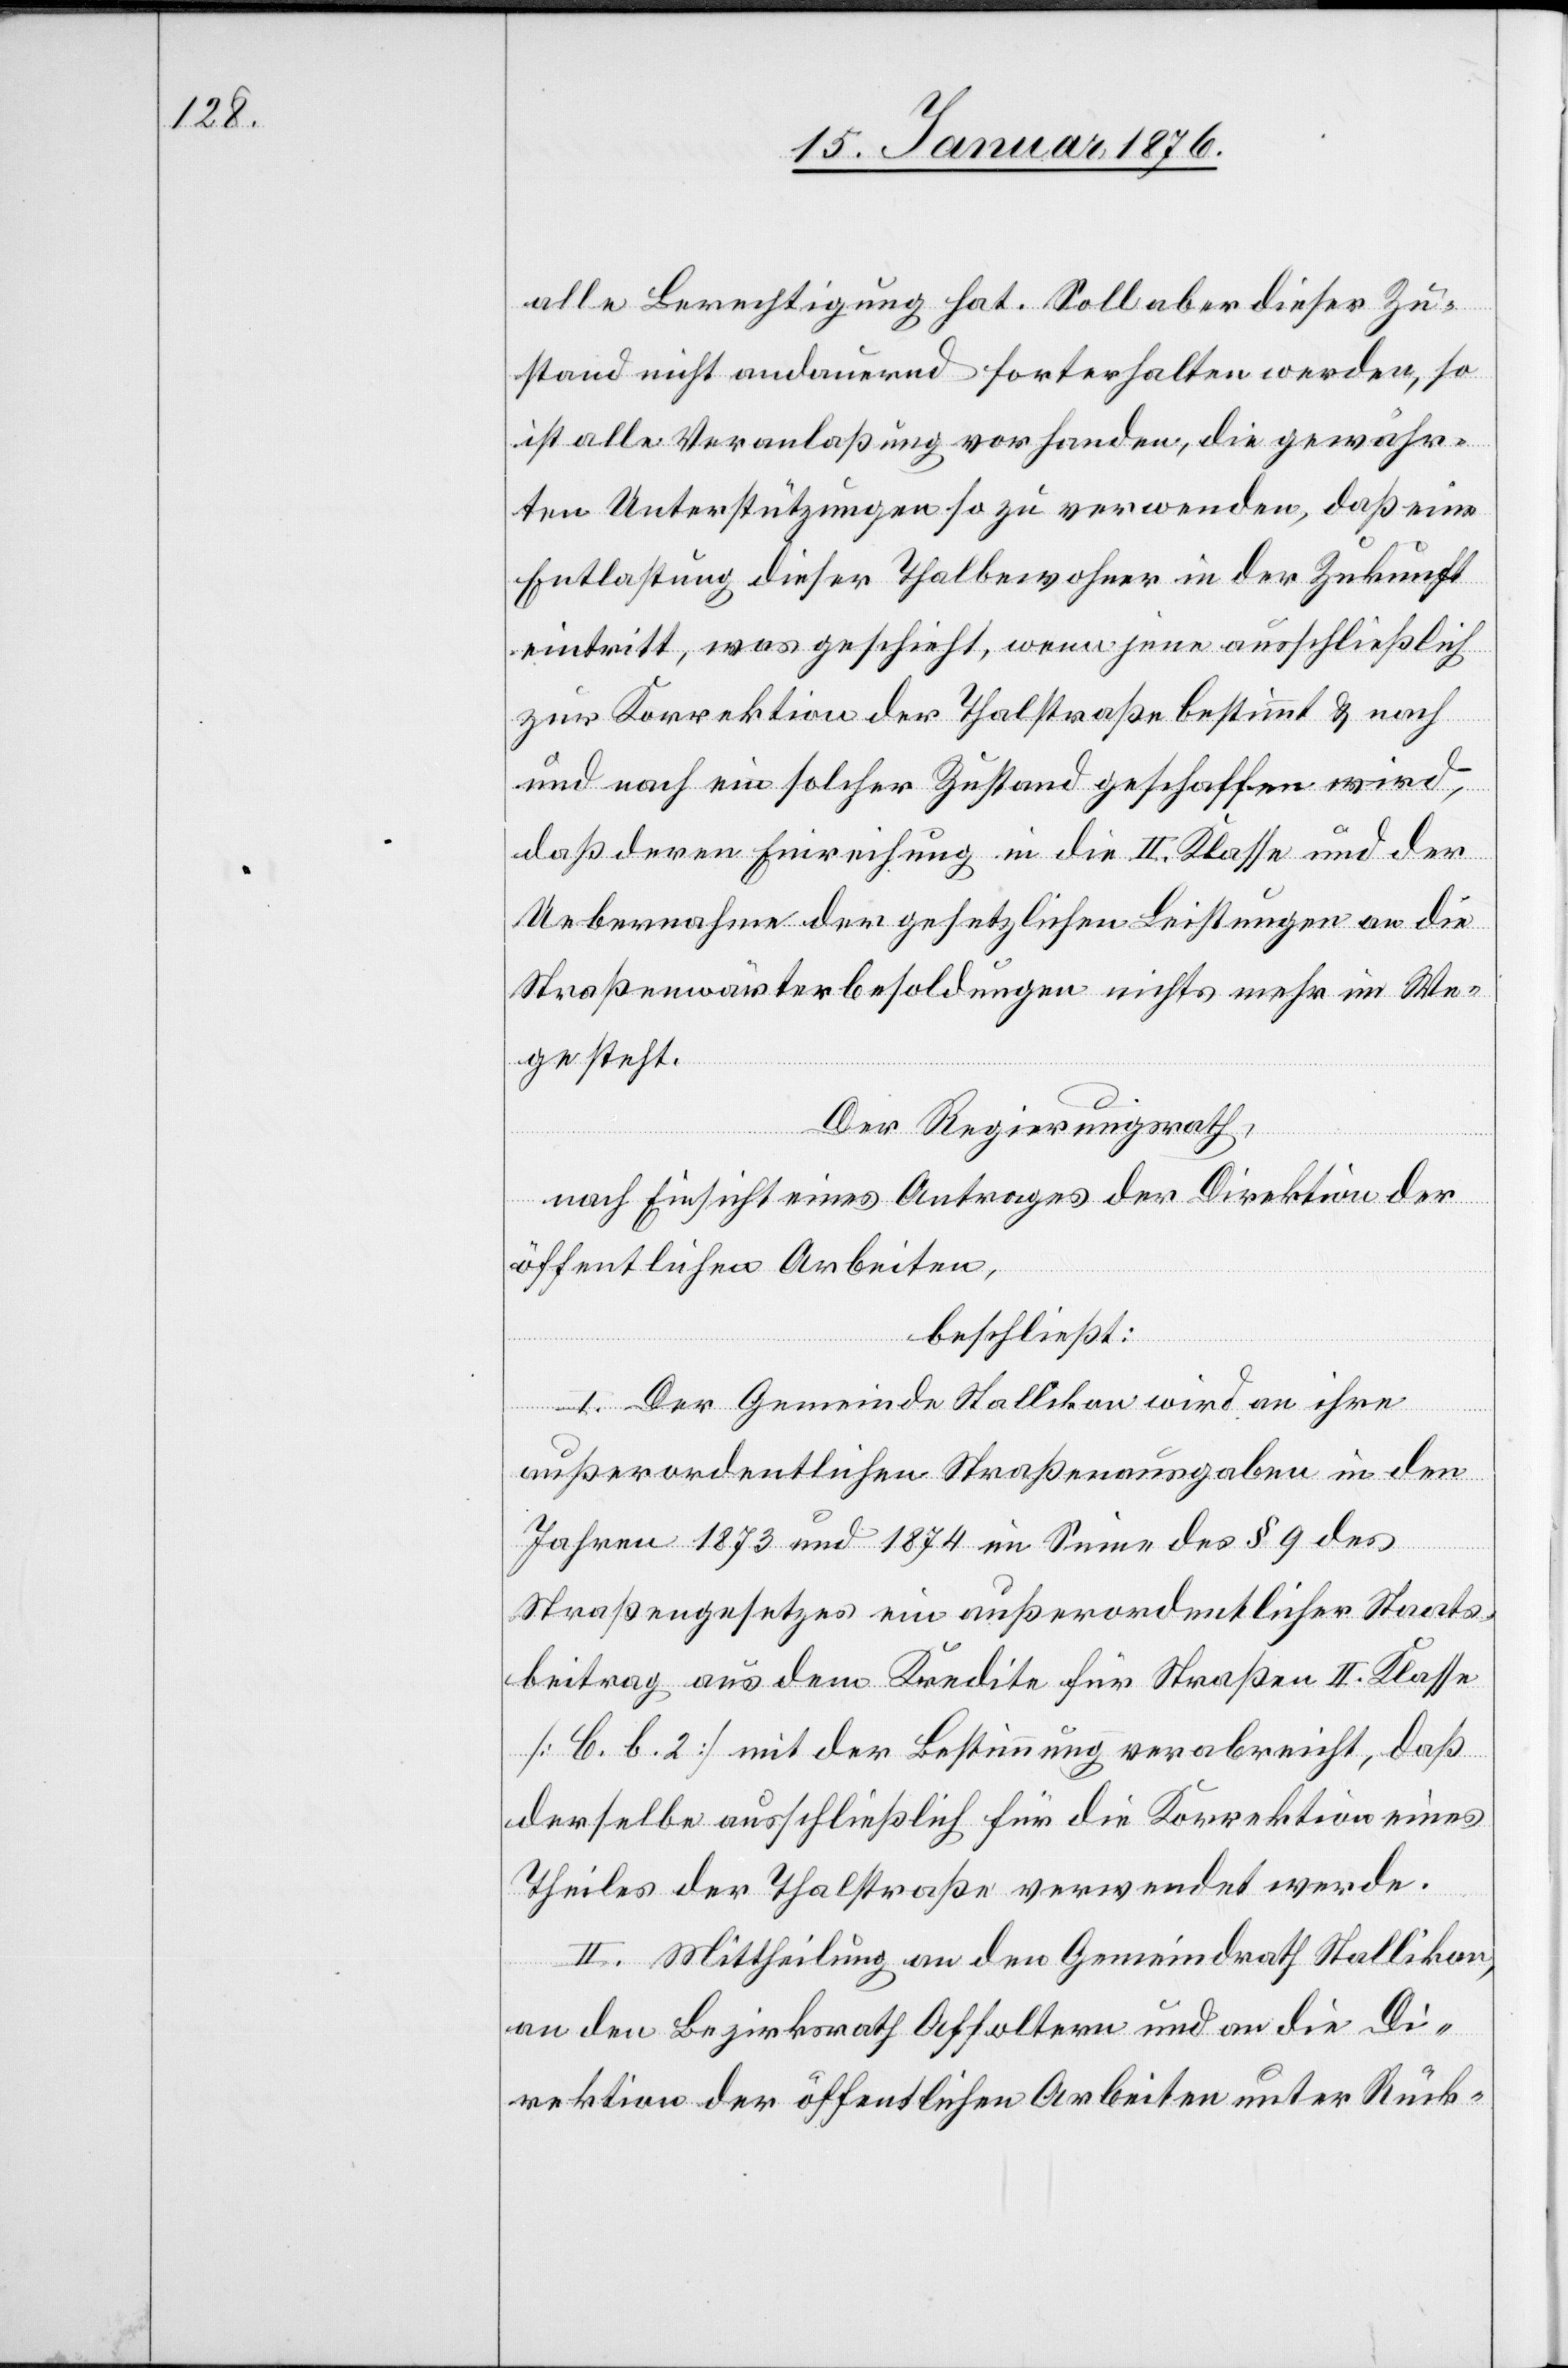
alle Berechtigung hat. Soll aber dieser Zu¬
stand nicht andauernd forterhalten werden, so
ist alle Veranlaßung vorhanden, die gewähr¬
ten Unterstützungen so zu verwenden, daß eine
Entlastung dieser Thalbewohner in der Zukunft
eintritt, was geschieht, wenn jene ausschließlich
zur Korrektion der Thalstraße bestimmt u. nach
und nach ein solcher Zustand geschaffen wird,
daß deren Einreihung in die II. Klasse und der
Uebernahme der gesetzlichen Leistungen an die
Straßenwärterbesoldungen nichts mehr im We¬
ge steht.
Der Regierungsrath,
nach Einsicht eines Antrages der Direktion der
öffentlichen Arbeiten,
beschließt:
I. Der Gemeindrath Stallikon wird an ihre
außerordentlichen Straßenausgaben in den
Jahren 1873 und 1874 im Sinne des § 9 des
Straßengesetzes ein außerordentlicher Staats¬
beitrag aus dem Kredite für Straßen II. Klasse
[C. b. 2] mit der Bestimmung verabreicht, daß
derselbe ausschließlich für die Korrektion eines
Theiles der Thalstraße verwendet werde.
II. Mittheilung an den Gemeindrath Stallikon,
an den Bezirksrath Affoltern und an die Di¬
rektion der öffentlichen Arbeiten unter Rück-